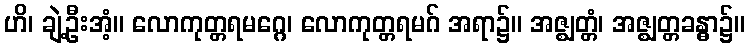
ဟိ၊ ချဲ့ဦးအံ့။ လောကုတ္တရမဂ္ဂေ၊ လောကုတ္တရမဂ် အရာ၌။ အဇ္ဈတ္တံ၊ အဇ္ဈတ္တခန္ဓာ၌။